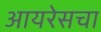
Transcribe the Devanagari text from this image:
आयरेसचा